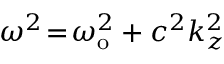
\omega ^ { 2 } \! = \! \omega _ { \mathrm { o } } ^ { 2 } + c ^ { 2 } k _ { z } ^ { 2 }